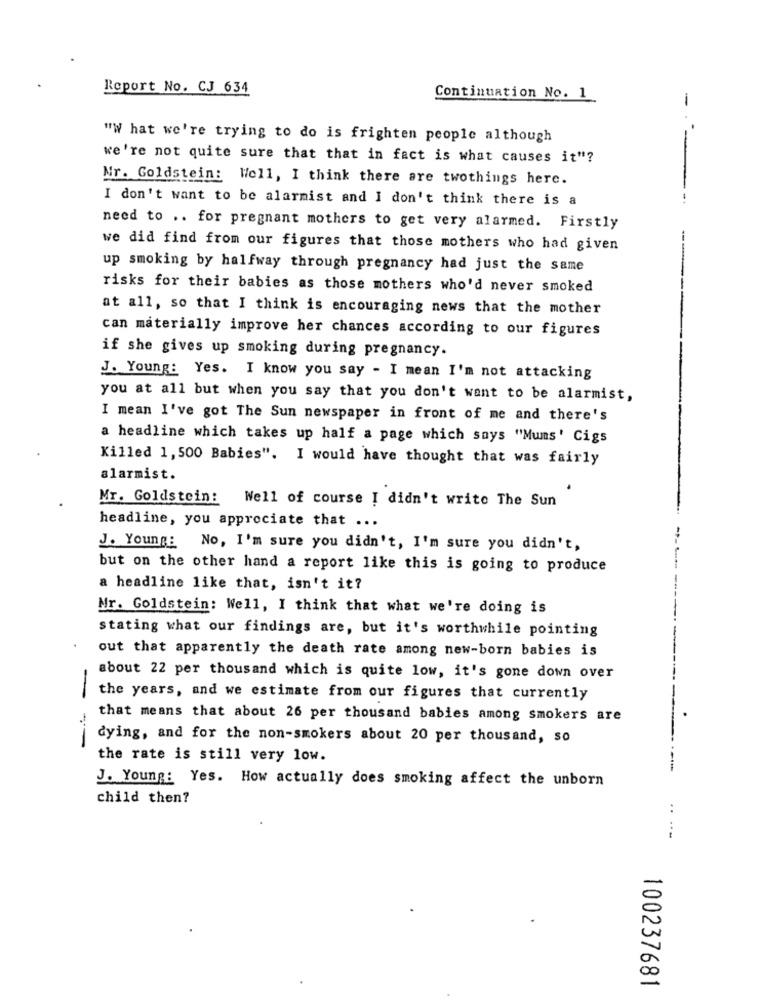
Report No. CJ 634
Continuation No. 1
-
"W hat we're trying to do is frighten people although
we're not quite sure that that in fact is what causes it"?
Nr. Goldstein: Well, I think there are twothings here.
I don't want to be alarmist and I don't think there is a
need to .. for pregnant mothers to get very alarmed. Firstly
we did find from our figures that those mothers who had given
up smoking by halfway through pregnancy had just the same
risks for their babies as those mothers who'd never smoked
at all, so that I think is encouraging news that the mother
can materially improve her chances according to our figures
if she gives up smoking during pregnancy.
J. Young: Yes. I know you say - I mean I'm not attacking
you at all but when you say that you don't want to be alarmist,
I mean I've got The Sun newspaper in front of me and there's
a headline which takes up half a page which says "Mums' Cigs
Killed 1,500 Babies". I would have thought that was fairly
alarmist.
Mr. Goldstein: Well of course ! didn't write The Sun
headline, you appreciate that ...
J. Young: No, I'm sure you didn't, I'm sure you didn't,
but on the other hand a report like this is going to produce
a headline like that, isn't it?
Nr. Goldstein: Well, I think that what we're doing is
stating what our findings are, but it's worthwhile pointing
out that apparently the death rate among new-born babies is
about 22 per thousand which is quite low, it's gone down over
-
the years, and we estimate from our figures that currently
that means that about 26 per thousand babies among smokers are
--
dying, and for the non-smokers about 20 per thousand, so
the rate is still very low.
J. Young: Yes. How actually does smoking affect the unborn
child then?
100237681